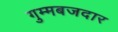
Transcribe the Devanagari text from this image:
गुम्मबजदार